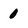
Character: 0